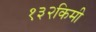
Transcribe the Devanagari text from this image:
१३२किमी